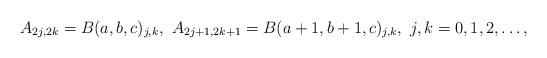
LaTeX: \begin{align*}A_{2j,2k}=B(a,b,c)_{j,k},\ A_{2j+1,2k+1}=B(a+1,b+1,c)_{j,k},\ j,k=0,1,2,\ldots,\end{align*}